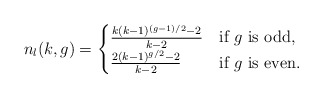
\begin{align*}n_l(k,g)=\begin{cases}\frac{k(k-1)^{(g-1)/2}-2}{k-2}&\mbox{if }g\mbox{ is odd,}\\\frac{2(k-1)^{g/2}-2}{k-2}&\mbox{if }g\mbox{ is even.}\\\end{cases}\end{align*}